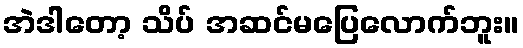
အဲဒါတော့ သိပ် အဆင်မပြေလောက်ဘူး။